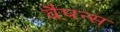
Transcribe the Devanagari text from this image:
वैपन्स